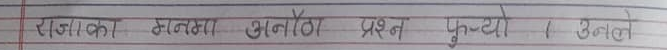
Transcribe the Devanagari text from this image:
राजाका मनमा चुनौती प्रश्न फुच्यो । उनले